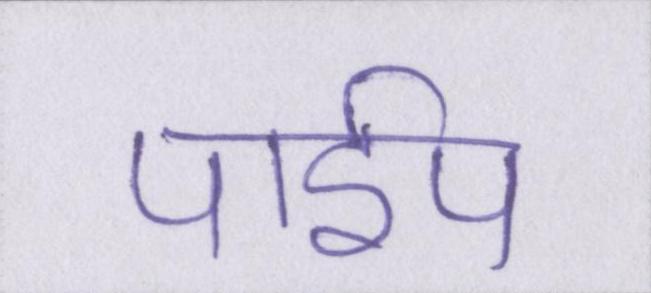
पाईप